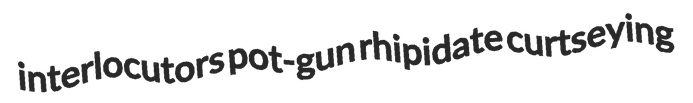
interlocutors pot-gun rhipidate curtseying